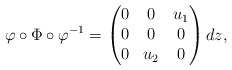
\begin{align*}\varphi\circ\Phi\circ\varphi^{-1} = \begin{pmatrix} 0 & 0 & u_1\\ 0 & 0 & 0\\ 0 & u_2 & 0 \end{pmatrix}dz,\end{align*}